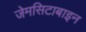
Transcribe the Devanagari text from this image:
जेमसिटाबाइन